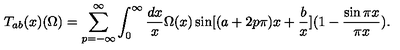
T _ { a b } ( x ) ( \Omega ) = \sum _ { p = - \infty } ^ { \infty } \int _ { 0 } ^ { \infty } { \frac { d x } { x } } \Omega ( x ) \sin [ ( a + 2 p \pi ) x + { \frac { b } { x } } ] ( 1 - { \frac { \sin \pi x } { \pi x } } ) .